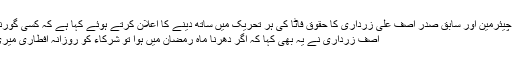
پاکستان پیپلز پارٹی کے شریک چیئرمین اور سابق صدر آصف علی زرداری کا حقوق فاٹا کی ہر تحریک میں ساتھ دینے کا اعلان کرتے ہوئے کہا ہے کہ کسی گورنر یا پرمٹ راج کو نہیں مانتے،
آصف زرداری نے یہ بھی کہا کہ اگر دھرنا ماہ رمضان میں ہوا تو شرکاء کو روزانہ افطاری میری طرف سے کروائی جائے گی۔